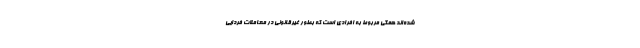
شده‌اند همگی مربوط به افرادی است که بطور غیرقانونی در معاملات فردایی